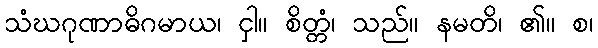
သံဃဂုဏာဓိဂမာယ၊ ငှါ။ စိတ္တံ၊ သည်။ နမတိ၊ ၏။ စ၊